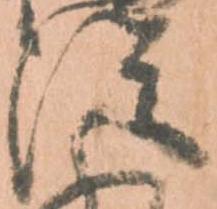
従